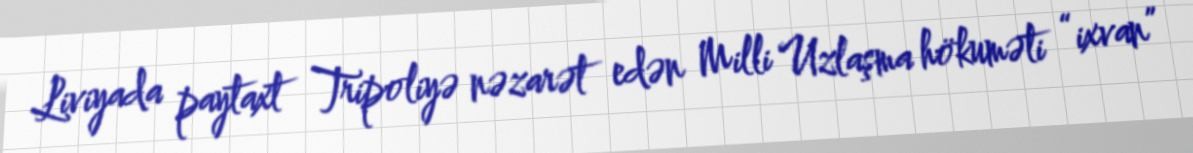
Liviyada paytaxt Tripoliyə nəzarət edən Milli Uzlaşma hökuməti “ixvan”